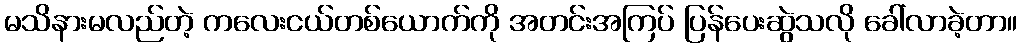
မသိနားမလည်တဲ့ ကလေးငယ်တစ်ယောက်ကို အတင်းအကြပ် ပြန်ပေးဆွဲသလို ခေါ်လာခဲ့တာ။